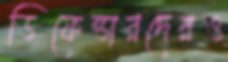
ডিফেন্ডারদেরও